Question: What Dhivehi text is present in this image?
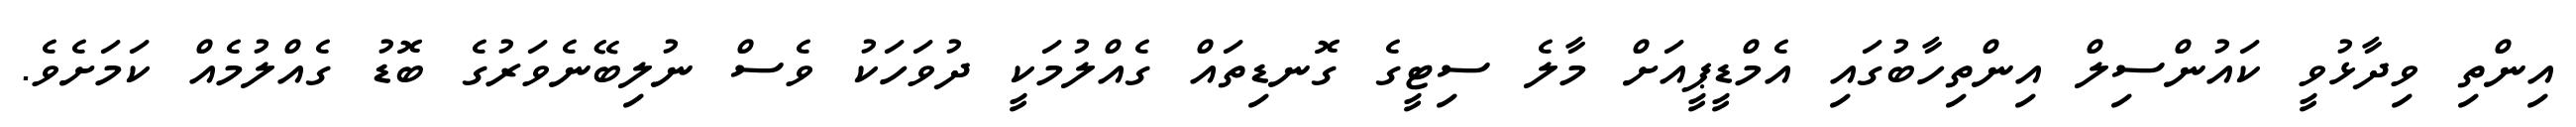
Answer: އިންތި ވިދާޅުވީ ކައުންސިލް އިންތިހާބުގައި އެމްޑީޕީއަށް މާލެ ސިޓީގެ ގޮނޑިތައް ގެއްލުމަކީ ދުވަހަކު ވެސް ނުލިބޭނެވަރުގެ ބޮޑު ގެއްލުމެއް ކަމަށެވެ.